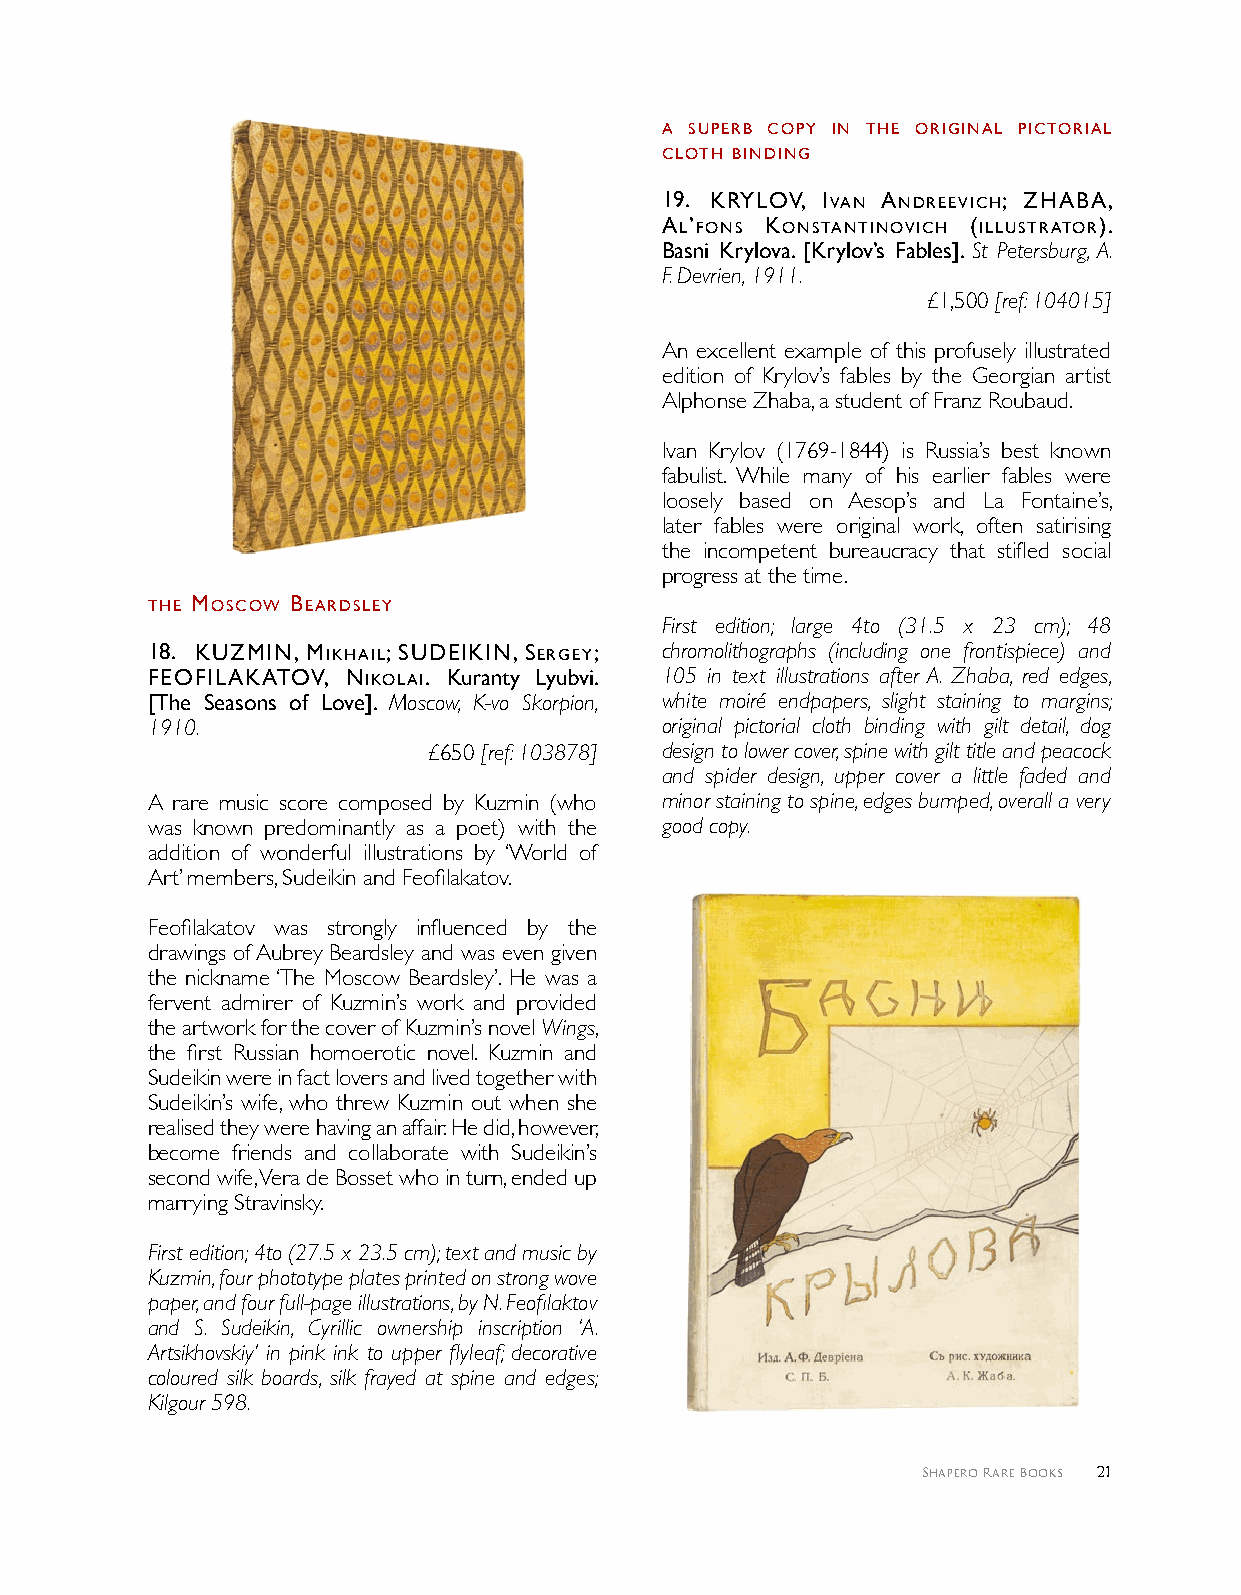
A SUPerb coPY IN THe orIgINAl PIcTorIAl
 cloTH bINdINg
 1 9 . KrYloV, IVAN ANdreeVIcH; ZHAbA,
 Al’foNS KoNSTANTINoVIcH (IllUSTrATor).
 Basni Krylova. [Krylov’s Fables]. St Petersburg, A.
 F. Devrien, 1911.
 £1,500 [ref: 104015]
 An excellent example of this profusely illustrated
 edition of Krylov’s fables by the Georgian artist
 Alphonse Zhaba, a student of Franz Roubaud.
 Ivan Krylov (1769-1844) is Russia’s best known
 fabulist. While many of his earlier fables were
 loosely based on Aesop’s and La Fontaine’s,
 later fables were original work, often satirising
 the incompetent bureaucracy that stifled social
 progress at the time.
 THe MoScow beArdSleY
 First edition; large 4to (31.5 x 23 cm); 48
 1 8 . KUZMIN, MIKHAIl; SUdeIKIN, SergeY; chromolithographs (including one frontispiece) and
 feofIlAKAToV, NIKolAI. Kuranty Lyubvi. 105 in text illustrations after A. Zhaba, red edges,
 [The Seasons of Love]. Moscow, K-vo Skorpion, white moiré endpapers, slight staining to margins;
 1910.                             original pictorial cloth binding with gilt detail, dog
 £650 [ref: 103878] design to lower cover, spine with gilt title and peacock
 and spider design, upper cover a little faded and
 A rare music score composed by Kuzmin (who minor staining to spine, edges bumped, overall a very
 was known predominantly as a poet) with the good copy.
 addition of wonderful illustrations by ‘World of
 Art’ members, Sudeikin and Feofilakatov.
 Feofilakatov was strongly influenced by the
 drawings of Aubrey Beardsley and was even given
 the nickname ‘The Moscow Beardsley’. He was a
 fervent admirer of Kuzmin’s work and provided
 the artwork for the cover of Kuzmin’s novel Wings,
 the first Russian homoerotic novel. Kuzmin and
 Sudeikin were in fact lovers and lived together with
 Sudeikin’s wife, who threw Kuzmin out when she
 realised they were having an affair. He did, however,
 become friends and collaborate with Sudeikin’s
 second wife, Vera de Bosset who in turn, ended up
 marrying Stravinsky.
 First edition; 4to (27.5 x 23.5 cm); text and music by
 Kuzmin, four phototype plates printed on strong wove
 paper, and four full-page illustrations, by N. Feofilaktov
 and S. Sudeikin, Сyrillic ownership inscription ‘A.
 Artsikhovskiy’ in pink ink to upper flyleaf; decorative
 coloured silk boards, silk frayed at spine and edges;
 Kilgour 598.
 Shapero Rare Books 21